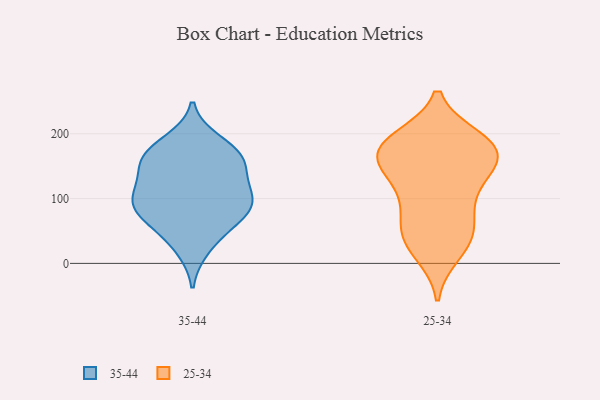
{"axis": {"x": "Gross Profit (USD K)", "y": "Value"}, "legend": ["25-34", "35-44"], "data": [{"x": "", "y": 90, "type": "35-44"}, {"x": "", "y": 74, "type": "35-44"}, {"x": "", "y": 172, "type": "35-44"}, {"x": "", "y": 78, "type": "35-44"}, {"x": "", "y": 48, "type": "35-44"}, {"x": "", "y": 140, "type": "35-44"}, {"x": "", "y": 165, "type": "35-44"}, {"x": "", "y": 23, "type": "35-44"}, {"x": "", "y": 164, "type": "35-44"}, {"x": "", "y": 114, "type": "35-44"}, {"x": "", "y": 82, "type": "35-44"}, {"x": "", "y": 188, "type": "35-44"}, {"x": "", "y": 153, "type": "35-44"}, {"x": "", "y": 108, "type": "35-44"}, {"x": "", "y": 104, "type": "35-44"}, {"x": "", "y": 166, "type": "25-34"}, {"x": "", "y": 146, "type": "25-34"}, {"x": "", "y": 94, "type": "25-34"}, {"x": "", "y": 172, "type": "25-34"}, {"x": "", "y": 192, "type": "25-34"}, {"x": "", "y": 179, "type": "25-34"}, {"x": "", "y": 57, "type": "25-34"}, {"x": "", "y": 88, "type": "25-34"}, {"x": "", "y": 190, "type": "25-34"}, {"x": "", "y": 184, "type": "25-34"}, {"x": "", "y": 42, "type": "25-34"}, {"x": "", "y": 122, "type": "25-34"}, {"x": "", "y": 181, "type": "25-34"}, {"x": "", "y": 27, "type": "25-34"}, {"x": "", "y": 150, "type": "25-34"}, {"x": "", "y": 49, "type": "25-34"}, {"x": "", "y": 16, "type": "25-34"}, {"x": "", "y": 140, "type": "25-34"}]}